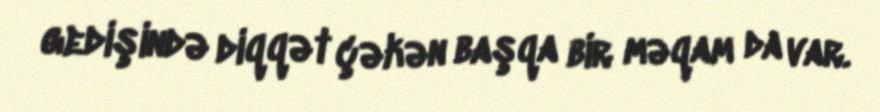
gedişində diqqət çəkən başqa bir məqam da var.